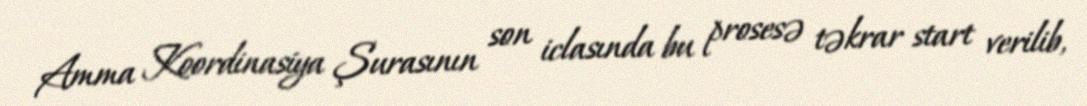
Amma Koordinasiya Şurasının son iclasında bu prosesə təkrar start verilib,